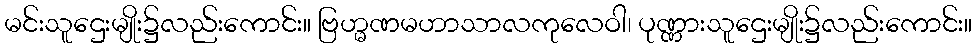
မင်းသူဌေးမျိုး၌လည်းကောင်း။ ဗြဟ္မဏမဟာသာလကုလေဝါ၊ ပုဏ္ဏားသူဌေးမျိုး၌လည်းကောင်း။